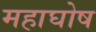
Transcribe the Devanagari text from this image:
महाघोष